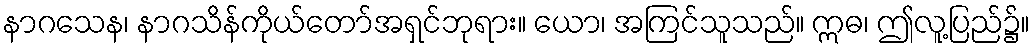
နာဂသေန၊ နာဂသိန်ကိုယ်တော်အရှင်ဘုရား။ ယော၊ အကြင်သူသည်။ ဣဓ၊ ဤလူ့ပြည်၌။